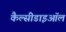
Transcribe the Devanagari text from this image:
कैल्सीडाइऑल